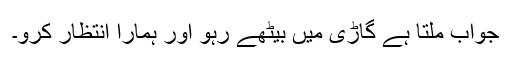
جواب ملتا ہے گاڑی میں بیٹھے رہو اور ہمارا انتظار کرو۔